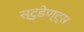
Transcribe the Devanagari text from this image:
स्टुडेण्ट्स